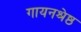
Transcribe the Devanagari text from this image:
गायनश्रेष्ठ